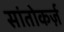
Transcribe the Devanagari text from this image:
सांतोकर्ज़